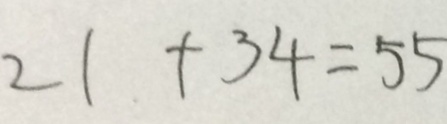
2 1 + 3 4 = 5 5